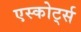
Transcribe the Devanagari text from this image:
एस्कोर्ट्स